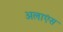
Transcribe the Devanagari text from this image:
अलाएंस